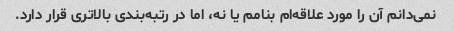
نمی‌دانم آن را مورد علاقه‌ام بنامم یا نه، اما در رتبه‌بندی بالاتری قرار دارد.